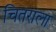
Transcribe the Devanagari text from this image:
चितराला